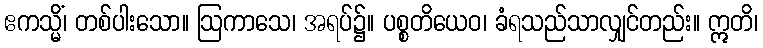
ဧကသ္မိံ၊ တစ်ပါးသော။ ဩကာသေ၊ အရပ်၌။ ပစ္စတိယေဝ၊ ခံရသည်သာလျှင်တည်း။ ဣတိ၊